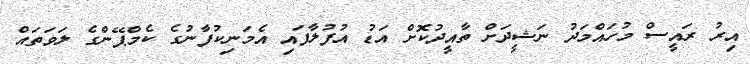
އިރު ރައީސް މުހައްމަދު ނަޝީދަށް ތާއީދުކޮށް އަޑު އުފުލާފައި އެމަނިކުފާނުގެ ކެމްޕޭންގެ ލަވަތައް